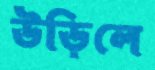
উড়িলে